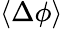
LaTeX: \langle\Delta\phi\rangle